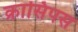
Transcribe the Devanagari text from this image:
क्रासिपस